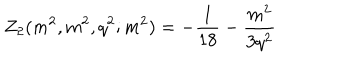
Z _ { 2 } ( m ^ { 2 } , m ^ { 2 } , q ^ { 2 } ; m ^ { 2 } ) = - \frac { 1 } { 1 8 } - \frac { m ^ { 2 } } { 3 q ^ { 2 } }